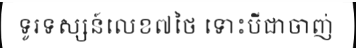
ទូរទស្សន៍លេខ៧ថៃ ទោះបីជាចាញ់